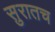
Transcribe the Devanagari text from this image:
सुरातच